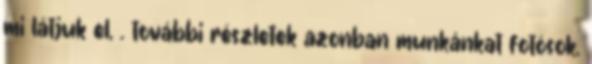
mi látjuk el, . további részletek azonban munkánkat fotósok,